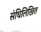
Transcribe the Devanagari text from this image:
संधिलिखित